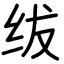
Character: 绂